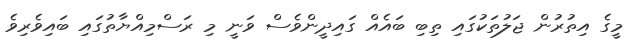
މީގެ އިތުރުން ޖަލުތަކުގައި ތިބި ބައެއް ގައިދީންވެސް ވަނީ މި ރަސްމިއްޔާތުގައި ބައިވެރިވެ